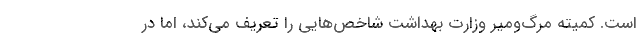
است. کمیته مرگ‌ومیر وزارت بهداشت شاخص‌هایی را تعریف می‌کند، اما در